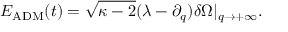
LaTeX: E _ { \mathrm { A D M } } ( t ) = \sqrt { \kappa - 2 } ( \lambda - \partial _ { q } ) \delta \Omega | _ { q \rightarrow + \infty } .